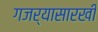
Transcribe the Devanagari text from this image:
गजर्‍यासारखी